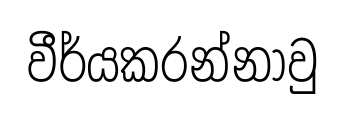
වීර්යකරන්නාවු